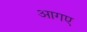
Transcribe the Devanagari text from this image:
आगए